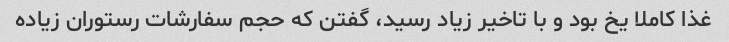
غذا کاملا یخ بود و با تاخیر زیاد رسید، گفتن که حجم سفارشات رستوران زیاده